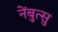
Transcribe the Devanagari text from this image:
नेंबुत्सु